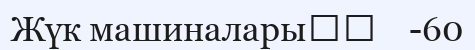
Жүк машиналары		    -60